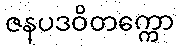
ဇနပဒဝိတက္ကော